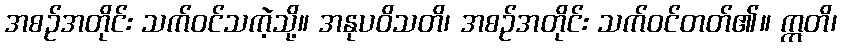
အစဉ်အတိုင်း သက်ဝင်သကဲ့သို့။ အနုပဝိသတိ၊ အစဉ်အတိုင်း သက်ဝင်တတ်၏။ ဣတိ၊